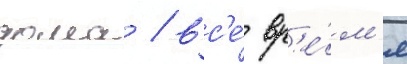
дома / вс'е́ вр'е́м'я